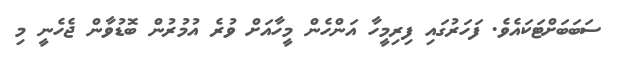
ސަބަބަށްޓަކައެވެ. ފަހަރުގައި ފިރިމީހާ އަންހެން މީހާއަށް ވުރެ އުމުރުން ބޮޑުވާން ޖެހެނީ މި